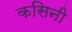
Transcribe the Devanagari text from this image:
कसिनी